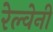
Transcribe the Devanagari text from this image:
रेल्वेनी